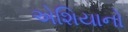
એશિયાનો